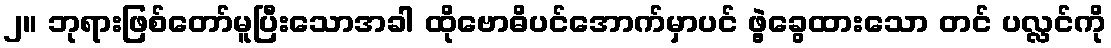
၂။ ဘုရားဖြစ်တော်မူပြီးသောအခါ ထိုဗောဓိပင်အောက်မှာပင် ဖွဲ့ခွေထားသော တင် ပလ္လင်ကို